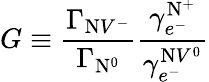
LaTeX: G\equiv\frac{\Gamma_{\mathrm{N}V^{-}}}{\Gamma_{\mathrm{N}^{0}}}\frac{\gamma_{e^{-}}^{\mathrm{N}^{+}}}{\gamma_{e^{-}}^{\mathrm{N}V^{0}}}